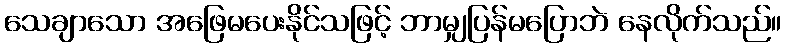
သေချာသော အဖြေမပေးနိုင်သဖြင့် ဘာမျှပြန်မပြောဘဲ နေလိုက်သည်။